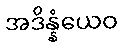
အဒိန္နံယေဝ